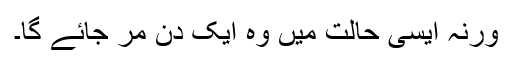
ورنہ ایسی حالت میں وہ ایک دِن مر جائے گا۔